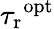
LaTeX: {\tau_{\mathrm{r}}}^{\mathrm{opt}}